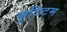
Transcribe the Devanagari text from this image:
कुटिटम